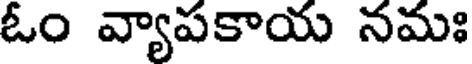
ఓం వ్యాపకాయ నమః